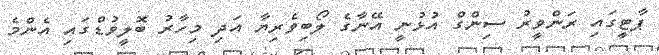
ޕާޓީގައި ރަންވީރު ސިންގް އުޅުނީ އޭނާގެ ލޯބިވެރިޔާ އަދި މިހާރު ބޮލީވުޑްގައި އެންމެ